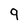
Character: 9